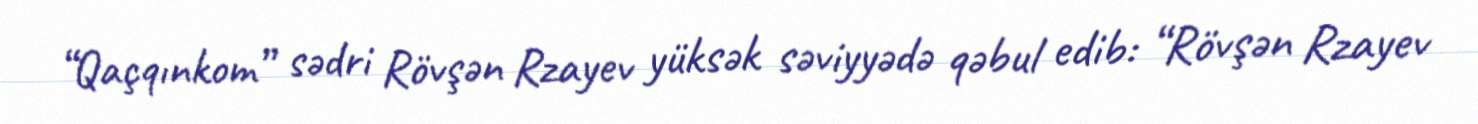
“Qaçqınkom” sədri Rövşən Rzayev yüksək səviyyədə qəbul edib: “Rövşən Rzayev